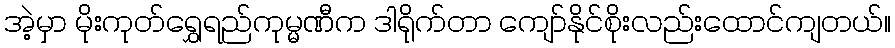
အဲ့မှာ မိုးကုတ်ရွှေရည်ကုမ္မဏီက ဒါရိုက်တာ ကျော်နိုင်စိုးလည်းထောင်ကျတယ်။